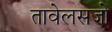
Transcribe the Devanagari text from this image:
तावेलसजो